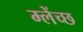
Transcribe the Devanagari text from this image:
म्लेंच्छ